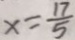
x = \frac { 1 7 } { 5 }